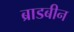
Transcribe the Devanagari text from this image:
ब्राडबीन